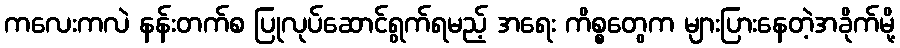
ကလေးကလဲ နန်းတက်စ ပြုလုပ်ဆောင်ရွက်ရမည့် အရေး ကိစ္စတွေက များပြားနေတဲ့အခိုက်မို့